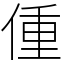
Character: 偅